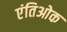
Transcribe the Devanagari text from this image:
एंतिओक